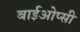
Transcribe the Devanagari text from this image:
बाईओप्सी